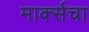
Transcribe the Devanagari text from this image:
मार्क्सचा